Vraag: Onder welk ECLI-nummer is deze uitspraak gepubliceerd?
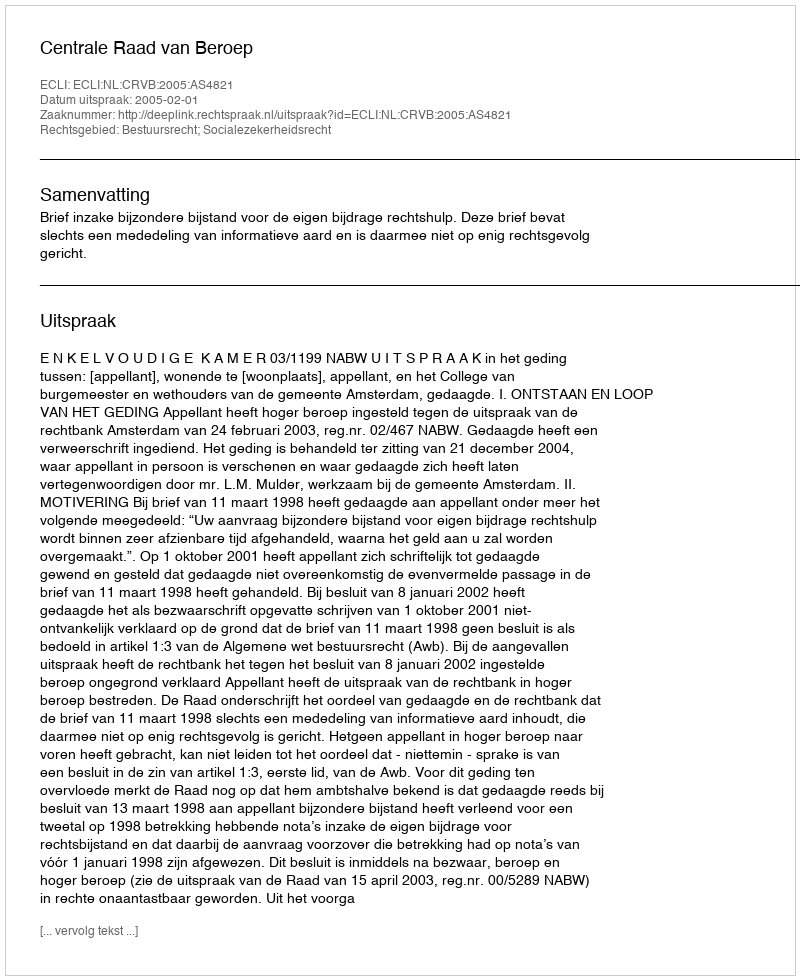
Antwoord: ECLI:NL:CRVB:2005:AS4821